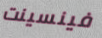
فينسينت